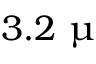
3 . 2 ~ \upmu